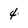
Character: 4